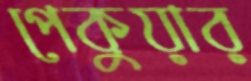
পেকুয়ার